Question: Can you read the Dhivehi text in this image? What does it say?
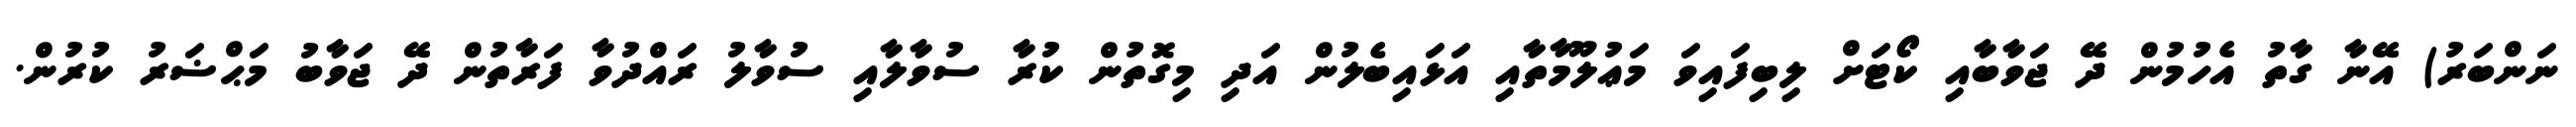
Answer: ނަންބަރު) އޭނާ ގާތު އެހުމުން ދޭ ޖަވާބާއި ކޯޓަށް ލިބިފައިވަ މަޢުލޫމާތާއި އަޅައިބެލުން އަދި މިގޮތުން ކުރާ ސުވާލާއި ސުވާލު ރައްދުވާ ފަރާތުން ދޭ ޖަވާބު މަޙްޟަރު ކުރުން.